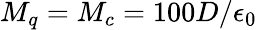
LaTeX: M_{q}=M_{c}=100D/\epsilon_{0}